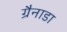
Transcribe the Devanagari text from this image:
ग्रैनाडा